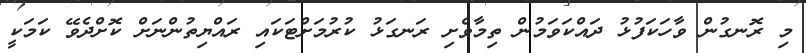
މި ރޮނގުން ވާހަކަފުޅު ދައްކަވަމުން ތިމާވެށި ރަނގަޅު ކުރުމަށްޓަކައި ރައްޔިތުންނަށް ކޮށްދެވޭ ކަމަކީ